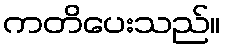
ကတိပေးသည်။